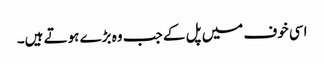
اسی خوف میں پل کے جب وہ بڑے ہوتے ہیں۔